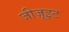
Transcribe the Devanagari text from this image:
जीज़ूइट